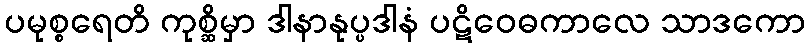
ပမုစ္စရေတိ ကုစ္ဆိမှာ ဒါနာနုပ္ပဒါနံ ပဋိဝေဓကာလေ သာဒကော